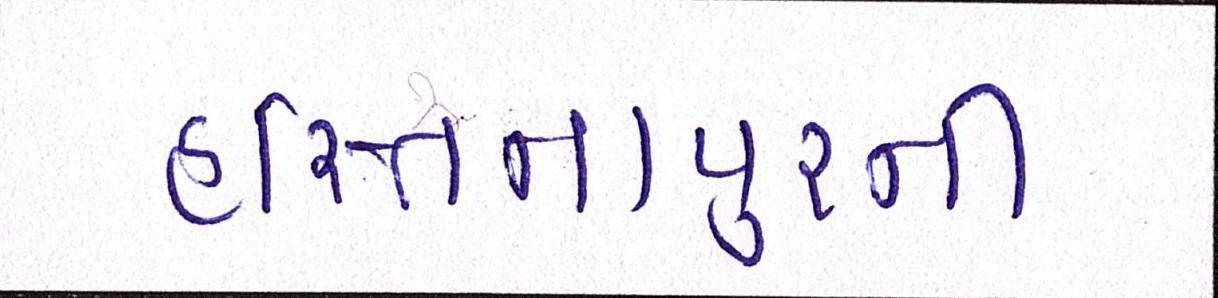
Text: હસ્તિનાપુરની